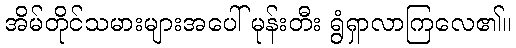
အိမ်တိုင်သမားများအပေါ် မုန်းတီး ရွံရှာလာကြလေ၏။